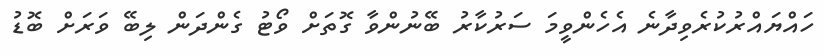
ހައްޔައްރުކުރެވިދާނެ އެހެންވީމަ ސަރުކާރު ބޭނުންވާ ގޮތަށް ވޯޓު ގެންދަން ލިބޭ ވަރަށް ބޮޑު